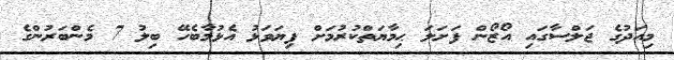
މިއަދުގެ ޖަލްސާގައި އޯޒޯން ފަށަލަ ޙިމާޔަތްކުރުމަށް ފިޔަވަޅު އެޅުމާބެހޭ ބިލު 7 މެންބަރުންގެ